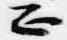
正